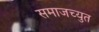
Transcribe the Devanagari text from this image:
समाजच्युत